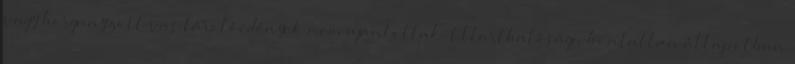
vagy horganyzott vas tárolóedények nem ajánlottak. Eltarthatósága bontatlan állapotban